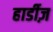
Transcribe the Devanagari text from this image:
हार्डीज़